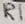
Text: R1